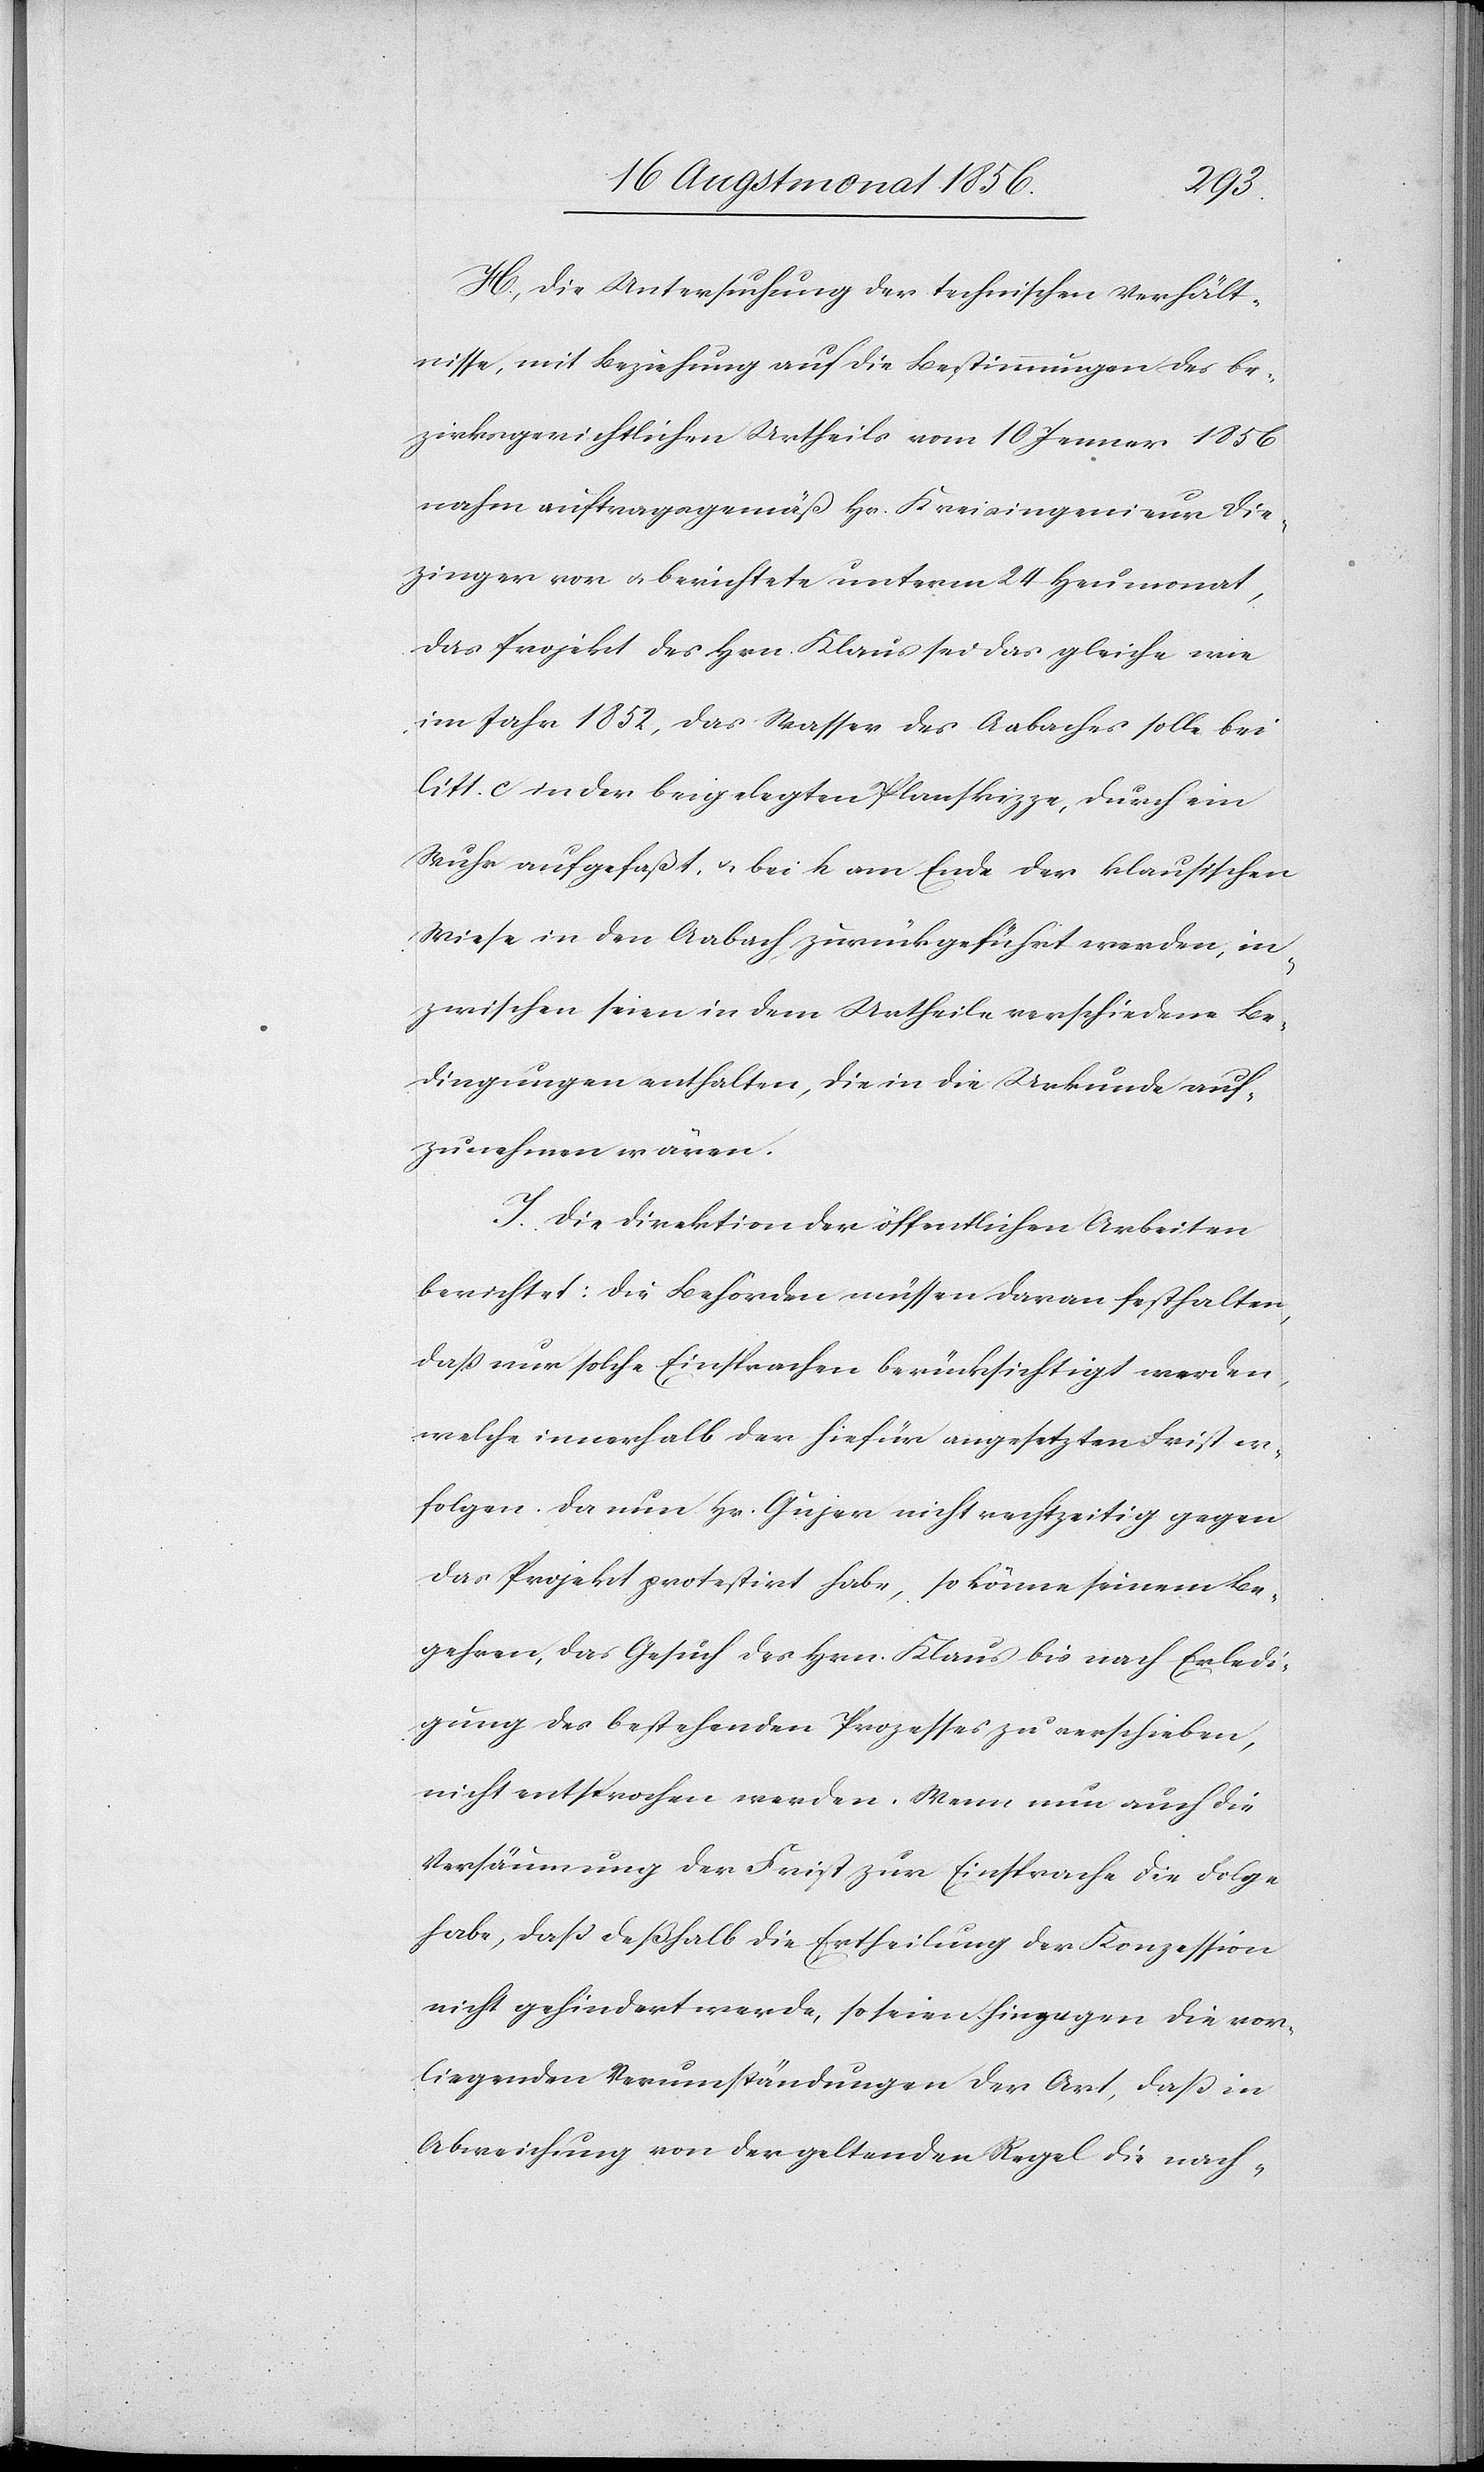
H. Die Untersuchung der technischen Verhält¬
nisse, mit Beziehung auf die Bestimmungen des be¬
zirksgerichtlichen Urtheils vom 10 Jenner 1856
nahm auftragsgemäß Hr. Kreisingenieur Die¬
zinger vor u. berichtete unterm 24 Heumonat,
das Projekt des Hrn. Klaus sei das gleiche wie
im Jahr 1852, das Wasser des Aabaches solle bei
litt. c in der beigelegten Planskizze, durch ein
Wuhr aufgefaßt, u. bei h am Ende der klausischen
Wiese in den Aabach zurückgeführt werden, in¬
zwischen seien in dem Urtheile verschiedene Be¬
dingungen enthalten, die in die Urkunde auf¬
zunehmen wären.
I. Die Direktion der öffentlichen Arbeiten
berichtet: Die Behörden müssen daran festhalten,
dass nur solche Einsprachen berücksichtigt werden,
welche innerhalb der hiefür angesetzten Frist er¬
folgen. Da nun Hr. Gujer nicht rechtzeitig gegen
das Projekt protestirt habe, so könne seinem Be¬
gehren, das Gesuch des Hrn. Klaus bis nach Erledi¬
gung des bestehenden Prozesses zu verschieben,
nicht entsprochen werden. Wenn nun auch die
Versäumung der Frist zur Einsprache die Folge
habe, dass deßhalb die Ertheilung der Konzession
nicht gehindert werde, so seien hingegen die vor¬
liegenden Verumständungen der Art, dass in
Abweichung von der geltenden Regel die nach-